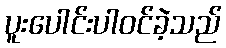
ပူးပေါင်းပါဝင်ခဲ့သည်